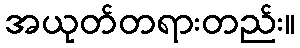
အယုတ်တရားတည်း။